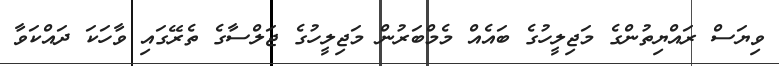
ވިޔަސް ރައްޔިތުންގެ މަޖިލީހުގެ ބައެއް މެމްބަރުން މަޖިލީހުގެ ޖަލްސާގެ ތެރޭގައި ވާހަކަ ދައްކަވާ